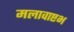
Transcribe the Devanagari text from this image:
मलावाष्टभ